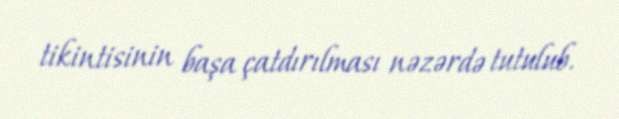
tikintisinin başa çatdırılması nəzərdə tutulub.